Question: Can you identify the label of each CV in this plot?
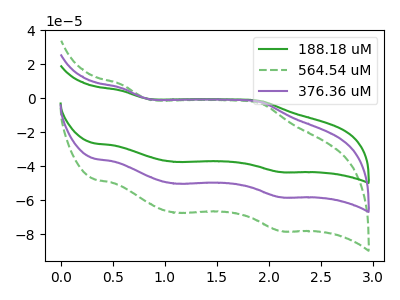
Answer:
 <answer>The green curve is labeled "188.18 uM". The green dashed curve is labeled "564.54 uM". The purple curve is labeled "376.36 uM".</answer>
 <eval></eval>